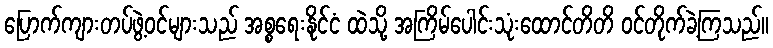
ပြောက်ကျားတပ်ဖွဲ့ဝင်များသည် အစ္စရေးနိုင်ငံ ထဲသို့ အကြိမ်ပေါင်းသုံးထောင်တိတိ ဝင်တိုက်ခဲ့ကြသည်။